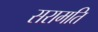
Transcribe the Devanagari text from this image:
सरामति